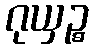
ဂုယှဉ္စ